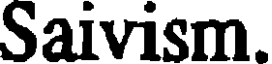
Saivism.